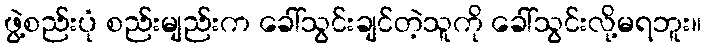
ဖွဲ့စည်းပုံ စည်းမျည်းက ခေါ်သွင်းချင်တဲ့သူကို ခေါ်သွင်းလို့မရဘူး။